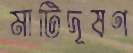
মাটিদূষণ